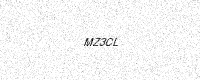
Text: MZ3CL